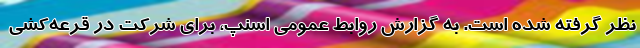
نظر گرفته شده است. به گزارش روابط عمومی اسنپ، برای شرکت در قرعه‌کشی